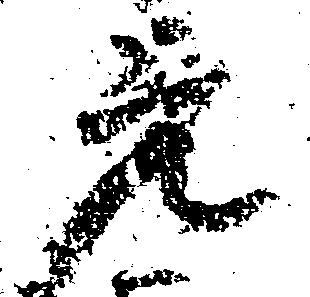
元